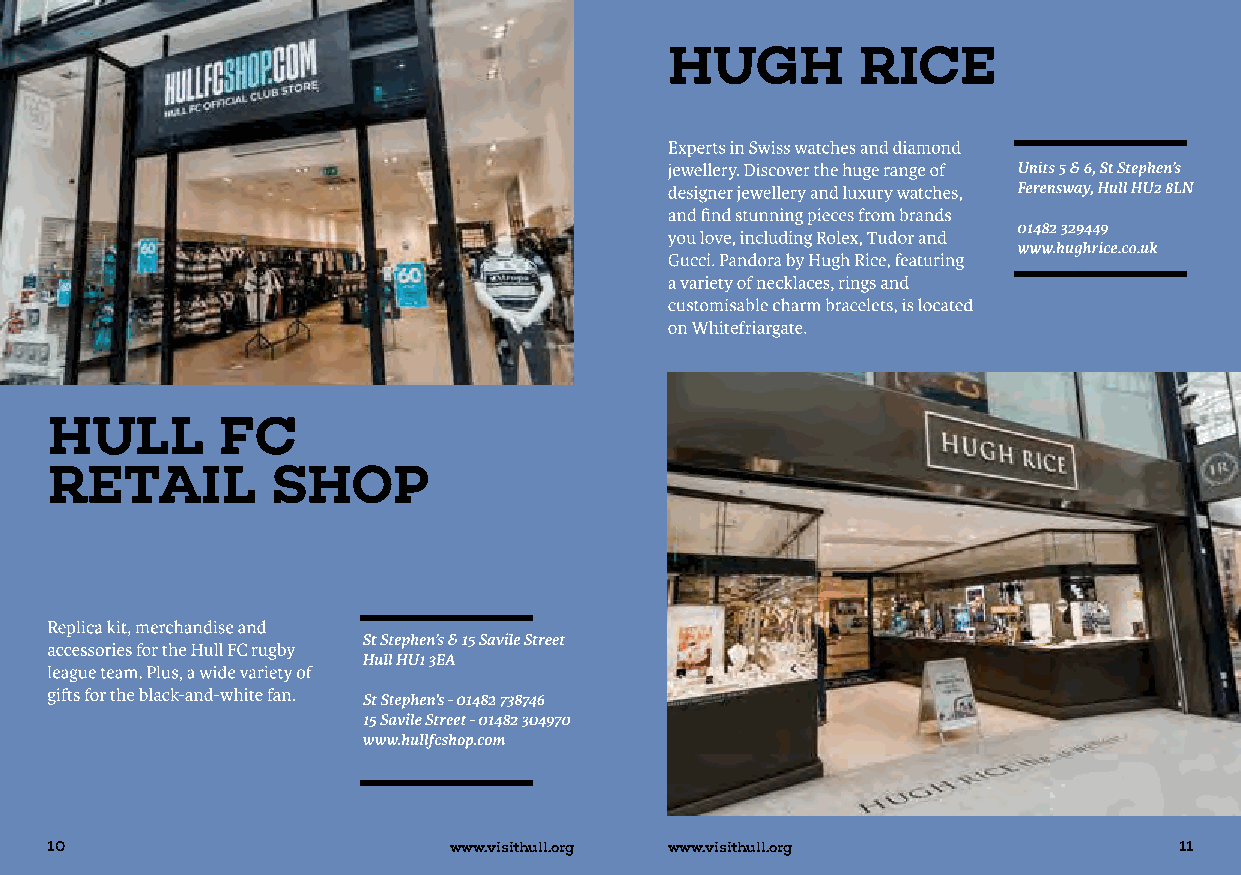
10                         www.visithull.org www.visithull.org             11